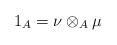
LaTeX: \begin{align*}1_A = \nu \otimes _A \mu \end{align*}